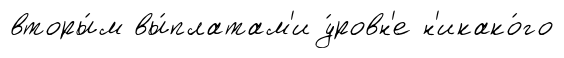
вторы́м вы́платам'и у́ровн'е н'икако́го